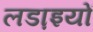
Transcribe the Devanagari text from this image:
लडा़इयों